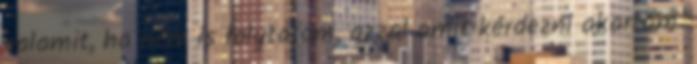
valamit, ha nem is folytatom, azzal amit kérdezni akartam.